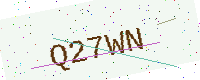
Text: Q27WN